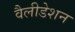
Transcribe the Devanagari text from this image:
वैलीडेशन